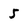
Character: 5